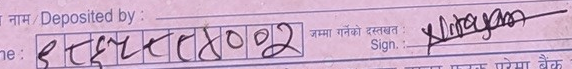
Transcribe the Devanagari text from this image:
इहरूरत४०२